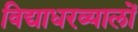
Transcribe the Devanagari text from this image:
विद्याधरव्यालों